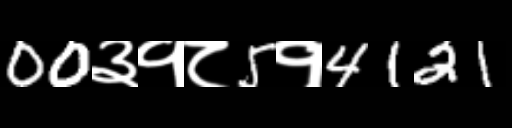
Text: 00३१८5१4121